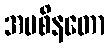
အပစိနတော